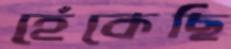
হেঁকেছি